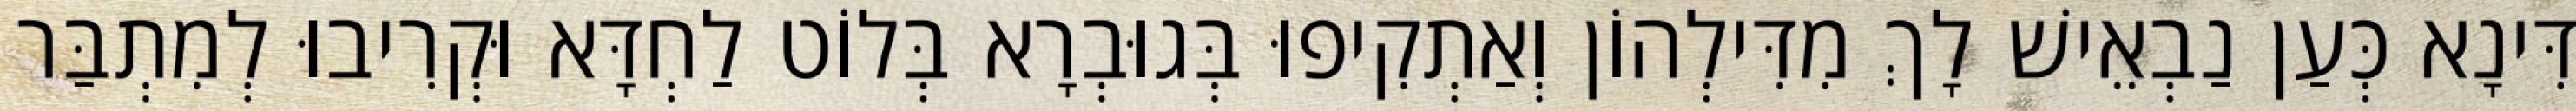
דִּינָא כְּעַן נַבְאֵישׁ לָךְ מִדִּילְהוֹן וְאַתְקִיפוּ בְּגוּבְרָא בְּלוֹט לַחְדָּא וּקְרִיבוּ לְמִתְבַּר